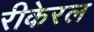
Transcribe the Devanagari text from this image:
रीकेरल